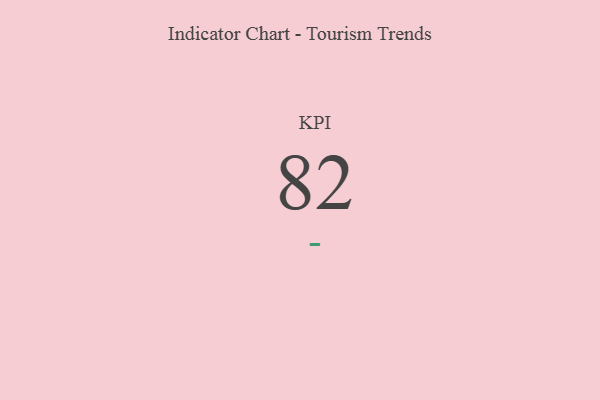
{"axis": {"x": "KPI", "y": "Value"}, "legend": [""], "data": [{"x": "KPI", "y": 82, "type": ""}]}